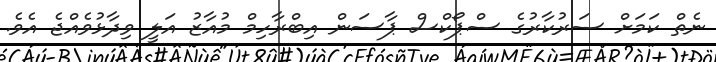
ނެތް ކަމަށް ސަރުކާރުގެ ސްޕޯކްސް ޕާސަން އިބްރާހިމް މުއާޒު އަލީ ވިދާޅުވެއްޖެ އެވެ.